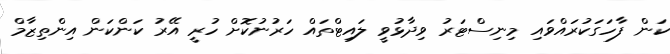
ކަން ފާހަގަކުރައްވައި މިނިސްޓަރު ވިދާޅުވީ ލައިޓްތައް ހަރުނުކޮށް ހުރީ އޭރު ކަންކަން އިންތިޒާމް